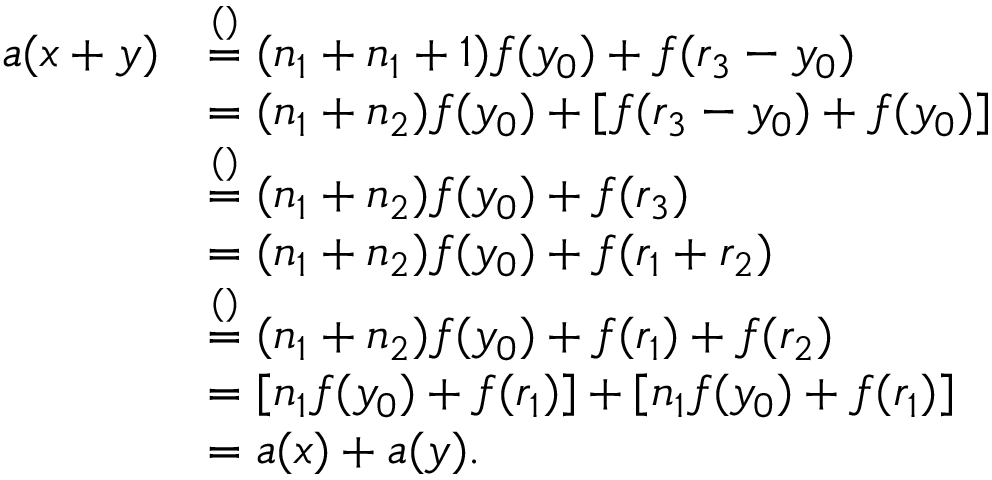
\begin{array} { r l } { a ( x + y ) } & { \stackrel { ( ) } { = } ( n _ { 1 } + n _ { 1 } + 1 ) f ( y _ { 0 } ) + f ( r _ { 3 } - y _ { 0 } ) } \\ & { = ( n _ { 1 } + n _ { 2 } ) f ( y _ { 0 } ) + [ f ( r _ { 3 } - y _ { 0 } ) + f ( y _ { 0 } ) ] } \\ & { \stackrel { ( ) } { = } ( n _ { 1 } + n _ { 2 } ) f ( y _ { 0 } ) + f ( r _ { 3 } ) } \\ & { = ( n _ { 1 } + n _ { 2 } ) f ( y _ { 0 } ) + f ( r _ { 1 } + r _ { 2 } ) } \\ & { \stackrel { ( ) } { = } ( n _ { 1 } + n _ { 2 } ) f ( y _ { 0 } ) + f ( r _ { 1 } ) + f ( r _ { 2 } ) } \\ & { = [ n _ { 1 } f ( y _ { 0 } ) + f ( r _ { 1 } ) ] + [ n _ { 1 } f ( y _ { 0 } ) + f ( r _ { 1 } ) ] } \\ & { = a ( x ) + a ( y ) . } \end{array}